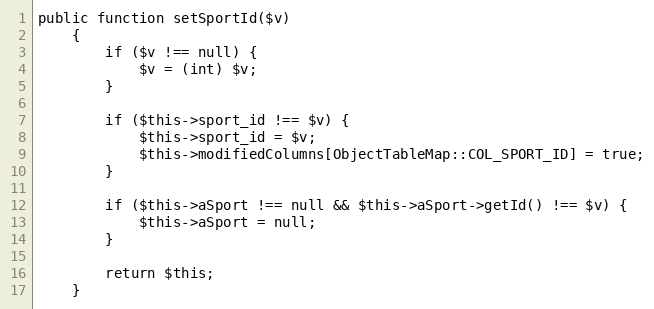
Language: PHP
public function setSportId($v)
    {
        if ($v !== null) {
            $v = (int) $v;
        }

        if ($this->sport_id !== $v) {
            $this->sport_id = $v;
            $this->modifiedColumns[ObjectTableMap::COL_SPORT_ID] = true;
        }

        if ($this->aSport !== null && $this->aSport->getId() !== $v) {
            $this->aSport = null;
        }

        return $this;
    }